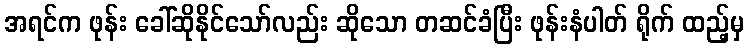
အရင်က ဖုန်း ခေါ်ဆိုနိုင်သော်လည်း ဆိုသော တဆင်ခံပြီး ဖုန်းနံပါတ် ရိုက် ထည့်မှ